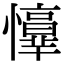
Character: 𢤈